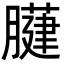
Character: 𦡐